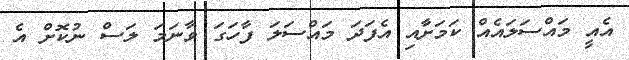
އެއީ މައްސަލައެއް ކަމަށާއި އެފަދަ މައްސަލަ ފާހަގަ ވާނަމަ ލަސް ނުކޮށް އެ